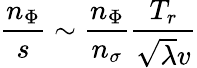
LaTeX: \frac{n_{\Phi}}{s}\sim\frac{n_{\Phi}}{n_{\sigma}}\frac{T_{r}}{\sqrt{\lambda}v}